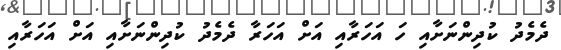
ދެމެދު ކުދިންނަށާއި ހަ އަހަރާއި އަށް އަހަރާ ދެމެދު ކުދިންނަށާއި އަށް އަހަރާއި